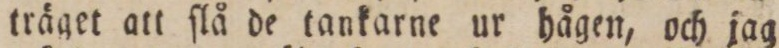
träget att ſlå de tankarne ur hågen, och jag